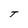
Character: T